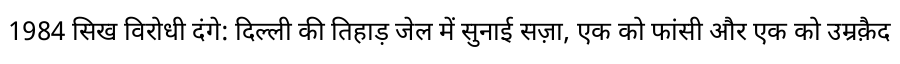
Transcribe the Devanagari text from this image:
1984 सिख विरोधी दंगे: दिल्ली की तिहाड़ जेल में सुनाई सज़ा, एक को फांसी और एक को उम्रक़ैद